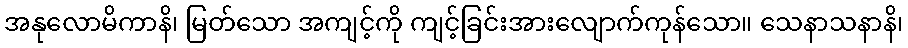
အနုလောမိကာနိ၊ မြတ်သော အကျင့်ကို ကျင့်ခြင်းအားလျောက်ကုန်သော။ သေနာသနာနိ၊